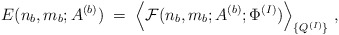
\begin{align*}E(n_b,m_b;A^{(b)}) \; = \;\Big\langle {\cal F} (n_b,m_b;A^{(b)};\Phi^{(I)}) \Big\rangle_{ \{Q^{(I)}\} } \; ,\end{align*}